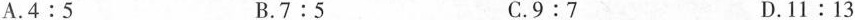
A.4:5B.7:5C.9:7D.11:13